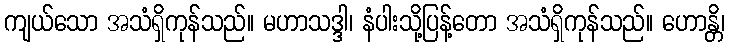
ကျယ်သော အသံရှိကုန်သည်။ မဟာသဒ္ဒါ၊ နံပါးသို့ပြန့်တော အသံရှိကုန်သည်။ ဟောန္တိ၊